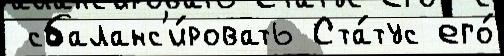
 сбаланс'и́ровать Ста́тус его́